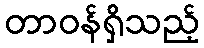
တာဝန်ရှိသည့်